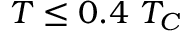
T \le 0 . 4 ~ T _ { C }